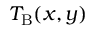
T _ { \mathrm { B } } ( x , y )